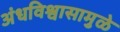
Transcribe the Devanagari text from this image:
अंधविश्वासामुळे